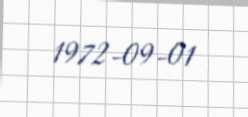
1972-09-01